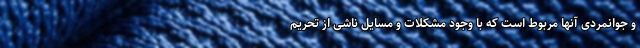
و جوانمردی آنها مربوط است که با وجود مشکلات و مسایل ناشی از تحریم